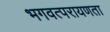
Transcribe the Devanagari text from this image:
भगवत्परायणता